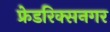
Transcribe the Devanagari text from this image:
फ्रेडरिक्सनगर